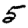
Digit: 5